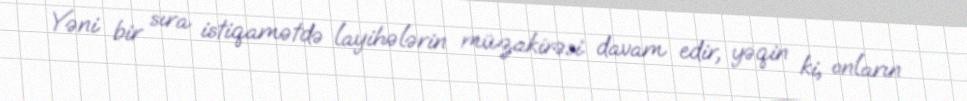
Yəni bir sıra istiqamətdə layihələrin müzakirəsi davam edir, yəqin ki, onların